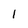
Character: l